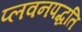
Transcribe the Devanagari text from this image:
प्लवनपद्धति